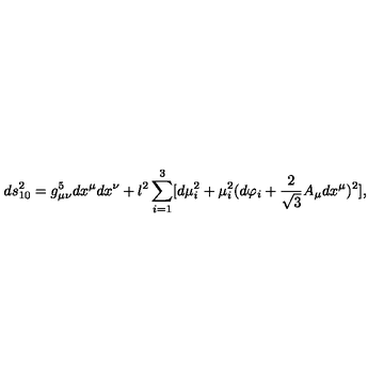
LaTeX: d s _ { 1 0 } ^ { 2 } = g _ { \mu \nu } ^ { 5 } d x ^ { \mu } d x ^ { \nu } + l ^ { 2 } \sum _ { i = 1 } ^ { 3 } [ d \mu _ { i } ^ { 2 } + \mu _ { i } ^ { 2 } ( d \varphi _ { i } + \frac { 2 } { \sqrt { 3 } } A _ { \mu } d x ^ { \mu } ) ^ { 2 } ] ,